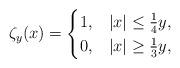
LaTeX: \begin{align*}\zeta_y (x) = \begin{cases}1, & |x| \leq \frac{1}{4}y,\\0, & |x| \geq \frac{1}{3}y, \end{cases}\end{align*}